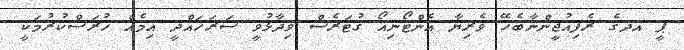
ޕީ އދގެ ރެފިއުޖީންނާބެހޭ ވެރިޔާ އެންޓޯނިއޯ ގުޓަރެސް ވިދާޅުވީ ސަރަހައްދީ އިމެއް ހުރަސްކުރުމަކީ